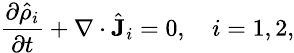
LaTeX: \small\frac{\partial\hat{\rho}_{i}}{\partial t}+\nabla\cdot\hat{\textbf{J}}_{i}=0,\quad i=1,2,